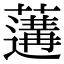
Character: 𦾼